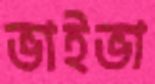
ভাইভা